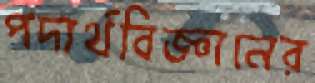
পদার্থবিজ্ঞানের